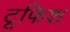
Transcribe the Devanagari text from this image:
टूफिश